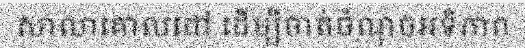
សាលាគោលដៅ ដើម្បីចាត់ចំណុចអទិភាព